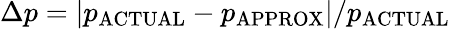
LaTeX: \Delta p=\left|p_{\mathrm{ACTUAL}}-p_{\mathrm{APPROX}}\right|/p_{\mathrm{ACTUAL}}